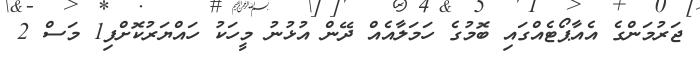
ޖަރުމަންގެ އެއާޕޯޓެއްގައި ބޮމުގެ ހަމަލާއެއް ދޭން އުޅުނު މީހަކު ހައްޔަރުކޮށްފި1 މަސް 2